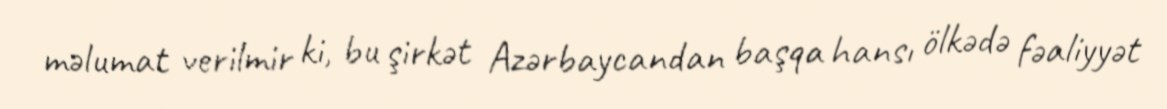
məlumat verilmir ki, bu şirkət Azərbaycandan başqa hansı ölkədə fəaliyyət